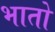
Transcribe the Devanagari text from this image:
भातो